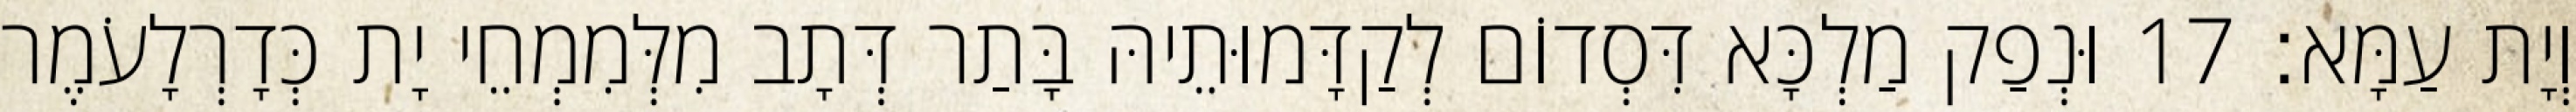
וְיָת עַמָּא׃ 17 וּנְפַק מַלְכָּא דִּסְדוֹם לְקַדָּמוּתֵיהּ בָּתַר דְּתָב מִלְּמִמְחֵי יָת כְּדָרְלָעֹמֶר